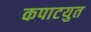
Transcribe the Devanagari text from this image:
कपाटयुत